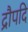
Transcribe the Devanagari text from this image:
द्रौपदि